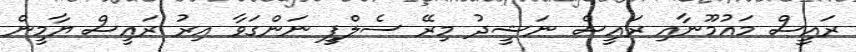
ރައީސް މައުމޫނާއި ރައީސް ނަޝީދު މިރޭ ސެލްފީ ނަންގަވާ އިރު ރައީސް ޔާމީން